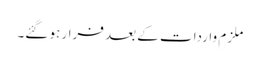
ملزم واردات کے بعد فرار ہو گئے۔